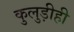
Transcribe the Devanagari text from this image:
कुलुड़ीही